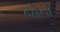
જોની